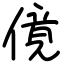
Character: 傹